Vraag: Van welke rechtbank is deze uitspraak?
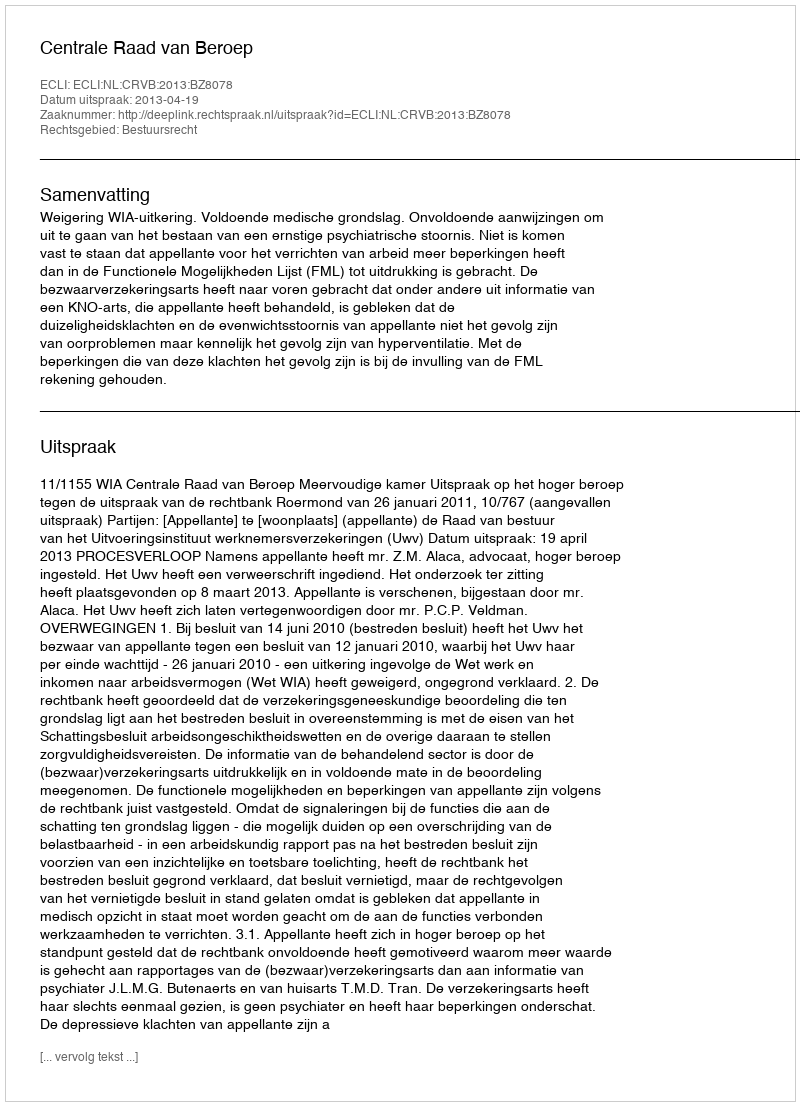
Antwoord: Centrale Raad van Beroep